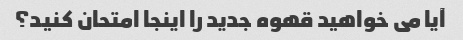
آیا می خواهید قهوه جدید را اینجا امتحان کنید؟